Statistical return of the lunatic asylum in Assam - 1912-1932
Year: 1912
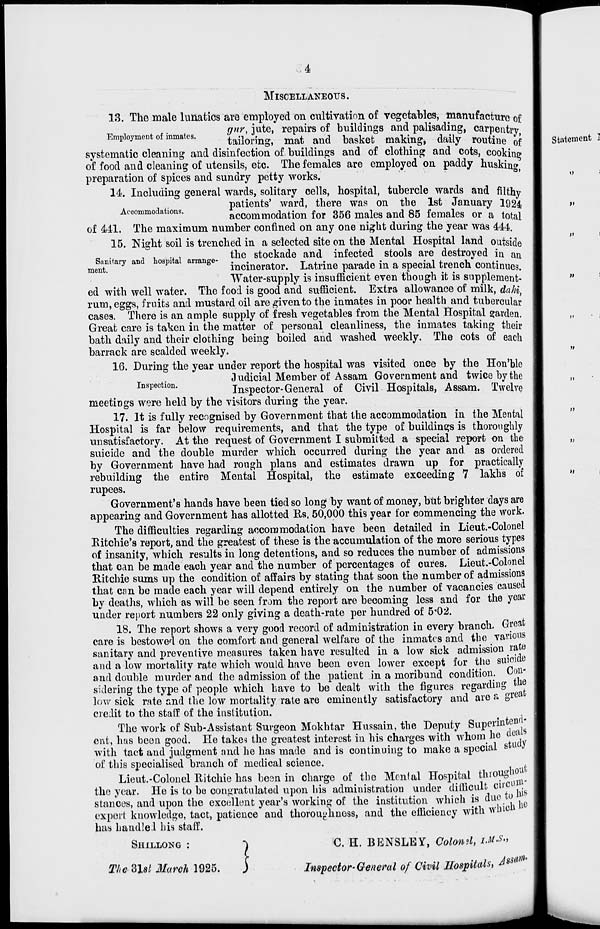
4
MISCELLANEOUS.
13. The male lunatics are employed on cultivation of vegetables, manufacture of
• ■
,.
gitr, jute, repairs of buildings and palisading, carnentmr
Employment of inmates.
x -i •
' J.
A
t, 1 L
I •
J -I
J. tl y»
* J
tailoring, mat and basket making, daily routine of
systematic cleaning and disinfection of buildings and of clothing and cots, cooking
of food and cleaning of utensils, etc. The females are employed on paddy huskin»
preparation of spices and sundry petty works.
14. Including general wards, solitary cells, hospital, tubercle wards and filthy
patients' ward, there was on the 1st January 1924
accommodation for 356 males and 85 females or a total
of Ml. The maximum number confined on any one night during the year was 444.
15. Night soil is trenched in a selected site on the Mental Hospital land outside
a ..
, 1 .. ,
the stockade and infected stools are destroyed in an
Sanitary and hospital arrange-
..
_ . .
,.
, , .
j^^uau
ment.
incinerator. Latrine parade in a special trench continues.
Water-supply is insufficient even though it is supplement-
ed with well water. The food is good and sufficient. Extra allowance of milk, dah^
rum, eggs, fruits and mustard oil are given to the inmates in poor health and tubercular
cases. There is an ample supply of fresh vegetables from the Mental Hospital garden.
Great care is taken in the matter of personal cleanliness, the inmates taking their
bath daily and their clothing being boiled and washed weekly. The cots of each
barrack are scalded weekly.
16. During the year under report the hospital was visited once by the Hon'ble
Judicial Member of Assam Government and twice by the
nspec 10n *
Inspector-General of Civil Hospitals, Assam. Twelve
meetings were held by the visitors during the year.
17. It is fully recognised by Government that the accommodation in the Mental
Hospital is far below requirements, and that the type of buildings is thoroughly
unsatisfactory. At the request of Government I submitted a special report on the
suicide and the double murder which occurred during the year and as ordered
by Government have had rough plans and estimates drawn up for practically
rebuilding the entire Mental Hospital, the estimate exceeding 7 lakhs of
rupees.
Government's hands have been tied so long by want of money, but brighter days are
appearing and Government has allotted Rs, 50,000 this year for commencing the work.
The difficulties regarding accommodation have been detailed in Lieut.-Colonel
Ritchie's report, and the greatest of these is the accumulation of the more serious types
of insanity, which results in long detentions, and so reduces the number of admissions
that can be made each year and the number of percentages of cures. Lieut.-Colonel
Ritchie sums up the condition of affairs by stating that soon the number of admissions
that con be made each year will depend entirely on the number of vacancies caused
by deaths, which as will be seen from the report are becoming less and for the year
under report numbers 22 only giving a death-rate per hundred of 5°02.
18. The report shows a very good record of administration in every branch. Great
care is bestowed on the comfort and general welfare of the inmates and the various
sanitary and preventive measures taken have resulted in a low sick admission rajo
and a low mortality rate which would have been even lower except for the suicide
and double murder and the admission of the patient in a moribund condition. Con-
sidering the type of people which have to be dealt with the figures regarding the
low sick rate and the low mortality rate are eminently satisfactory and are a g reat
credit to the staff of the institution.
The work of Sub-Assistant Surgeon Mokhtar Hussain, the Deputy Superintend-
ent, has been good. He takes the greatest interest in his charges with whom he de™
with tact and judgment and he has made and is continuing to make a special stucy
of this specialised branch of medical science.
Lieut.-Colonel Ritchie has been in charge of the Menial Hospital throughout
the year. He is to bo congratulated upon his administration under difficult cl,cU J.
stances, and upon the excellent year's working of the institution which is due w
expert knowledge, tact, patience and thoroughness, and the efficiency with whien
has handled his staff.
SHILLONG :
The 3W March 1925.
1
C. H. BENSLBY, Coloml, iM&*
Inspector-General of Civil HospilctlSi " s